Indian journal of veterinary science and animal husbandry - Volume 11,
Year: 1941
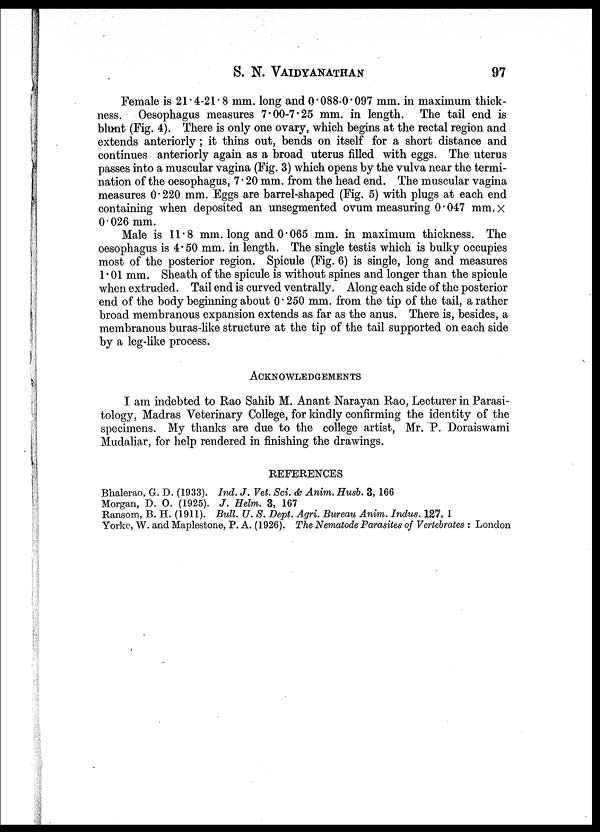
S. N.
VAIDYANATHAN
97
Female is 21.4-21.8 mm. long and 0.088-0.097 mm. in maximum thick-
ness. Oesophagus measures 7.00-7.25 mm. in length. The tail end is
blunt (Fig. 4). There is only one ovary, which begins at the rectal region and
extends anteriorly ; it thins out, bends on itself for a short distance and
continues anteriorly again as a broad uterus filled with eggs. The uterus
passes into a muscular vagina (Fig. 3) which opens by the vulva near the termi-
nation of the oesophagus, 7.20 mm. from the head end. The muscular vagina
measures 0.220 mm. Eggs are barrel-shaped (Fig. 5) with plugs at each end
containing when deposited an unsegmented ovum measuring 0.047 mm. ×
0.026 mm.
Male is 11.8 mm. long and 0.065 mm. in maximum thickness. The
oesophagus is 4.50 mm. in length. The single testis which is bulky occupies
most of the posterior region. Spicule (Fig. 6) is single, long and measures
1.01 mm. Sheath of the spicule is without spines and longer than the spicule
when extruded. Tail end is curved ventrally. Along each side of the posterior
end of the body beginning about 0.250 mm. from the tip of the tail, a rather
broad membranous expansion extends as far as the anus. There is, besides, a
membranous buras-like structure at the tip of the tail supported on each side
by a leg-like process.
ACKNOWLEDGEMENTS
I am indebted to Rao Sahib M. Anant Narayan Rao, Lecturer in Parasi-
tology, Madras Veterinary College, for kindly confirming the identity of the
specimens. My thanks are due to the college artist, Mr. P. Doraiswami
Mudaliar, for help rendered in finishing the drawings.
REFERENCES
Bhalerao, G. D. (1933). Ind. J. Vet. Sci. & Anim. Husb. 3, 166
Morgan, D. O. (1925). J. Helm. 3, 167
Ransom, B. H. (1911). Bull. U. S. Dept. Agri. Bureau Anim. Indus. 127, 1
Yorke, W. and Maplestone, P. A. (1926). The Nematode Parasites of Vertebrates : London